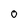
Character: O